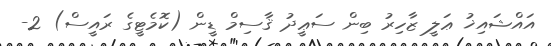
އައްޝައިޚު ޢަލީ ޒާހިރު ބިން ސަޢީދު ޤާސިމް ޑީން (ކޮމެޓީގެ ރައީސް) 2-